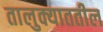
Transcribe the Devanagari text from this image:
तालुक्याततील